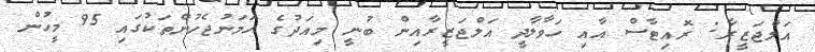
އަލްޖަޒީރާ: ރޮއިޓާސް އާއި ހަވާލާދީ އަލްޖަޒީރާއިން ބުނީ މިއަދުގެ ހަމަނުޖެހުންތަކުގައި 95 މީހުން